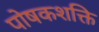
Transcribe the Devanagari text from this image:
पोषकशक्ति